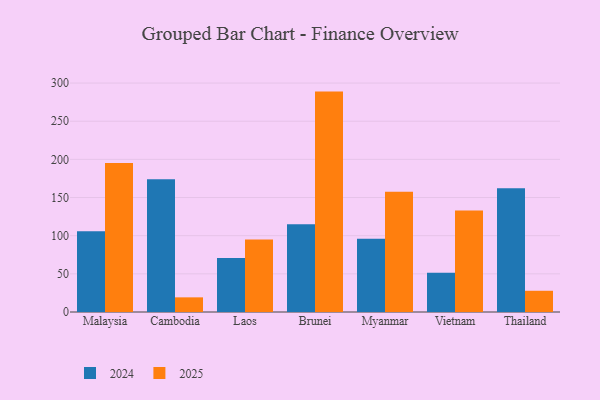
{"axis": {"x": "Country", "y": "Website Visitors"}, "legend": ["2024", "2025"], "data": [{"x": "Malaysia", "y": 195.1, "type": "2025"}, {"x": "Malaysia", "y": 105.7, "type": "2024"}, {"x": "Cambodia", "y": 19.2, "type": "2025"}, {"x": "Cambodia", "y": 173.8, "type": "2024"}, {"x": "Laos", "y": 95.0, "type": "2025"}, {"x": "Laos", "y": 70.8, "type": "2024"}, {"x": "Brunei", "y": 288.8, "type": "2025"}, {"x": "Brunei", "y": 114.9, "type": "2024"}, {"x": "Myanmar", "y": 157.6, "type": "2025"}, {"x": "Myanmar", "y": 95.9, "type": "2024"}, {"x": "Vietnam", "y": 132.9, "type": "2025"}, {"x": "Vietnam", "y": 51.3, "type": "2024"}, {"x": "Thailand", "y": 27.8, "type": "2025"}, {"x": "Thailand", "y": 162.0, "type": "2024"}]}